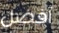
أفضل